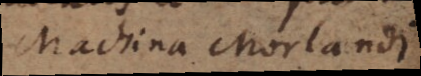
Machina Morlandi.